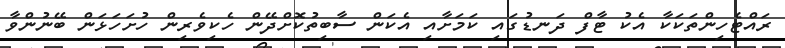
ރައްޓެހިންތަކަކާ އެކު ޓާފް ދަނޑުގައި ކަމަށާއި އެކަން ސާބިތުކޮށްދޭން ހެކިވެރިން ހުށަހަޅަން ބޭނުންވާ